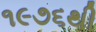
૧૯૭૬થી